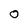
Character: 0